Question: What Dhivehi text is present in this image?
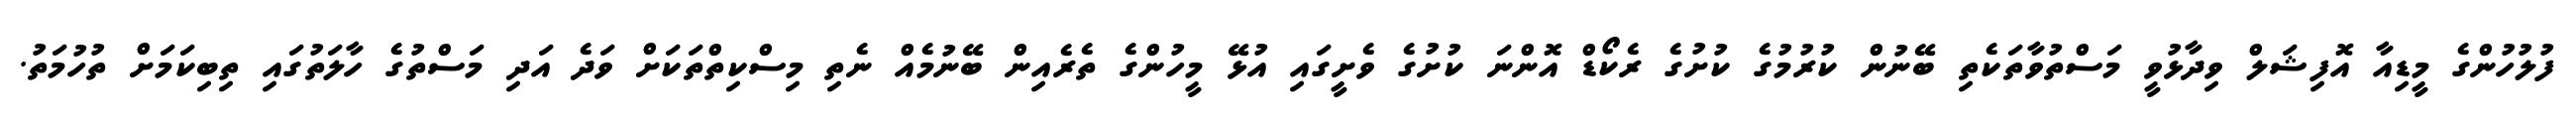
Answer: ފުލުހުންގެ މީޑިއާ އޮފިޝަލް ވިދާޅުވީ މަސްތުވާތަކެތި ބޭނުން ކުރުމުގެ ކުށުގެ ރެކޯޑް އޮންނަ ކުށުގެ ވެށީގައި އުޅޭ މީހުންގެ ތެރެއިން ބޭނުމެއް ނެތި މިސްކިތްތަކަށް ވަދެ އަދި މަސްތުގެ ހާލަތުގައި ތިބިކަމަށް ތުހުމަތު.